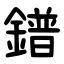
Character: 鐠